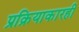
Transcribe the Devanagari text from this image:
प्रक्रियाकारही